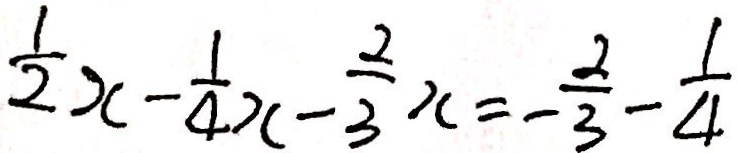
\frac { 1 } { 2 } x - \frac { 1 } { 4 } x - \frac { 2 } { 3 } x = - \frac { 2 } { 3 } - \frac { 1 } { 4 }